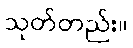
သုတ်တည်း။